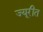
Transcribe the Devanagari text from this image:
ज्यूरीत